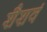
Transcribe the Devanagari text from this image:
शैशवं